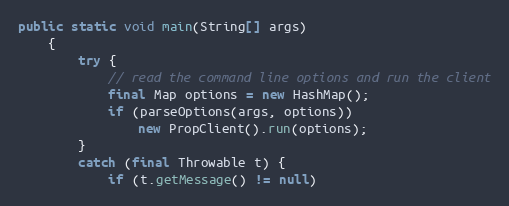
Language: Java
public static void main(String[] args)
	{
		try {
			// read the command line options and run the client
			final Map options = new HashMap();
			if (parseOptions(args, options))
				new PropClient().run(options);
		}
		catch (final Throwable t) {
			if (t.getMessage() != null)